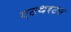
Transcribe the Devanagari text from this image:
एटथरटन